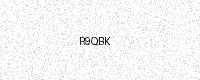
Text: R9QBK